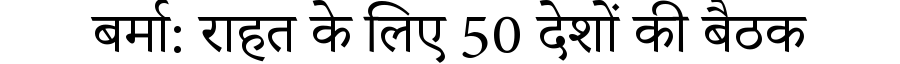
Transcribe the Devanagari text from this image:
बर्मा: राहत के लिए 50 देशों की बैठक